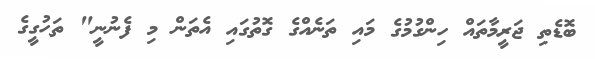
ބޮޑެތި ޖަރީމާތައް ހިންގުމުގެ މައި ތަނެއްގެ ގޮތުގައި އެތަން މި ފެނުނީ" ތަހުގީގެ